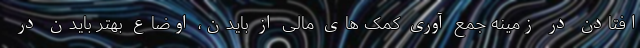
افتادن در زمینه جمع آوری کمک های مالی از بایدن، اوضاع بهتر بایدن در